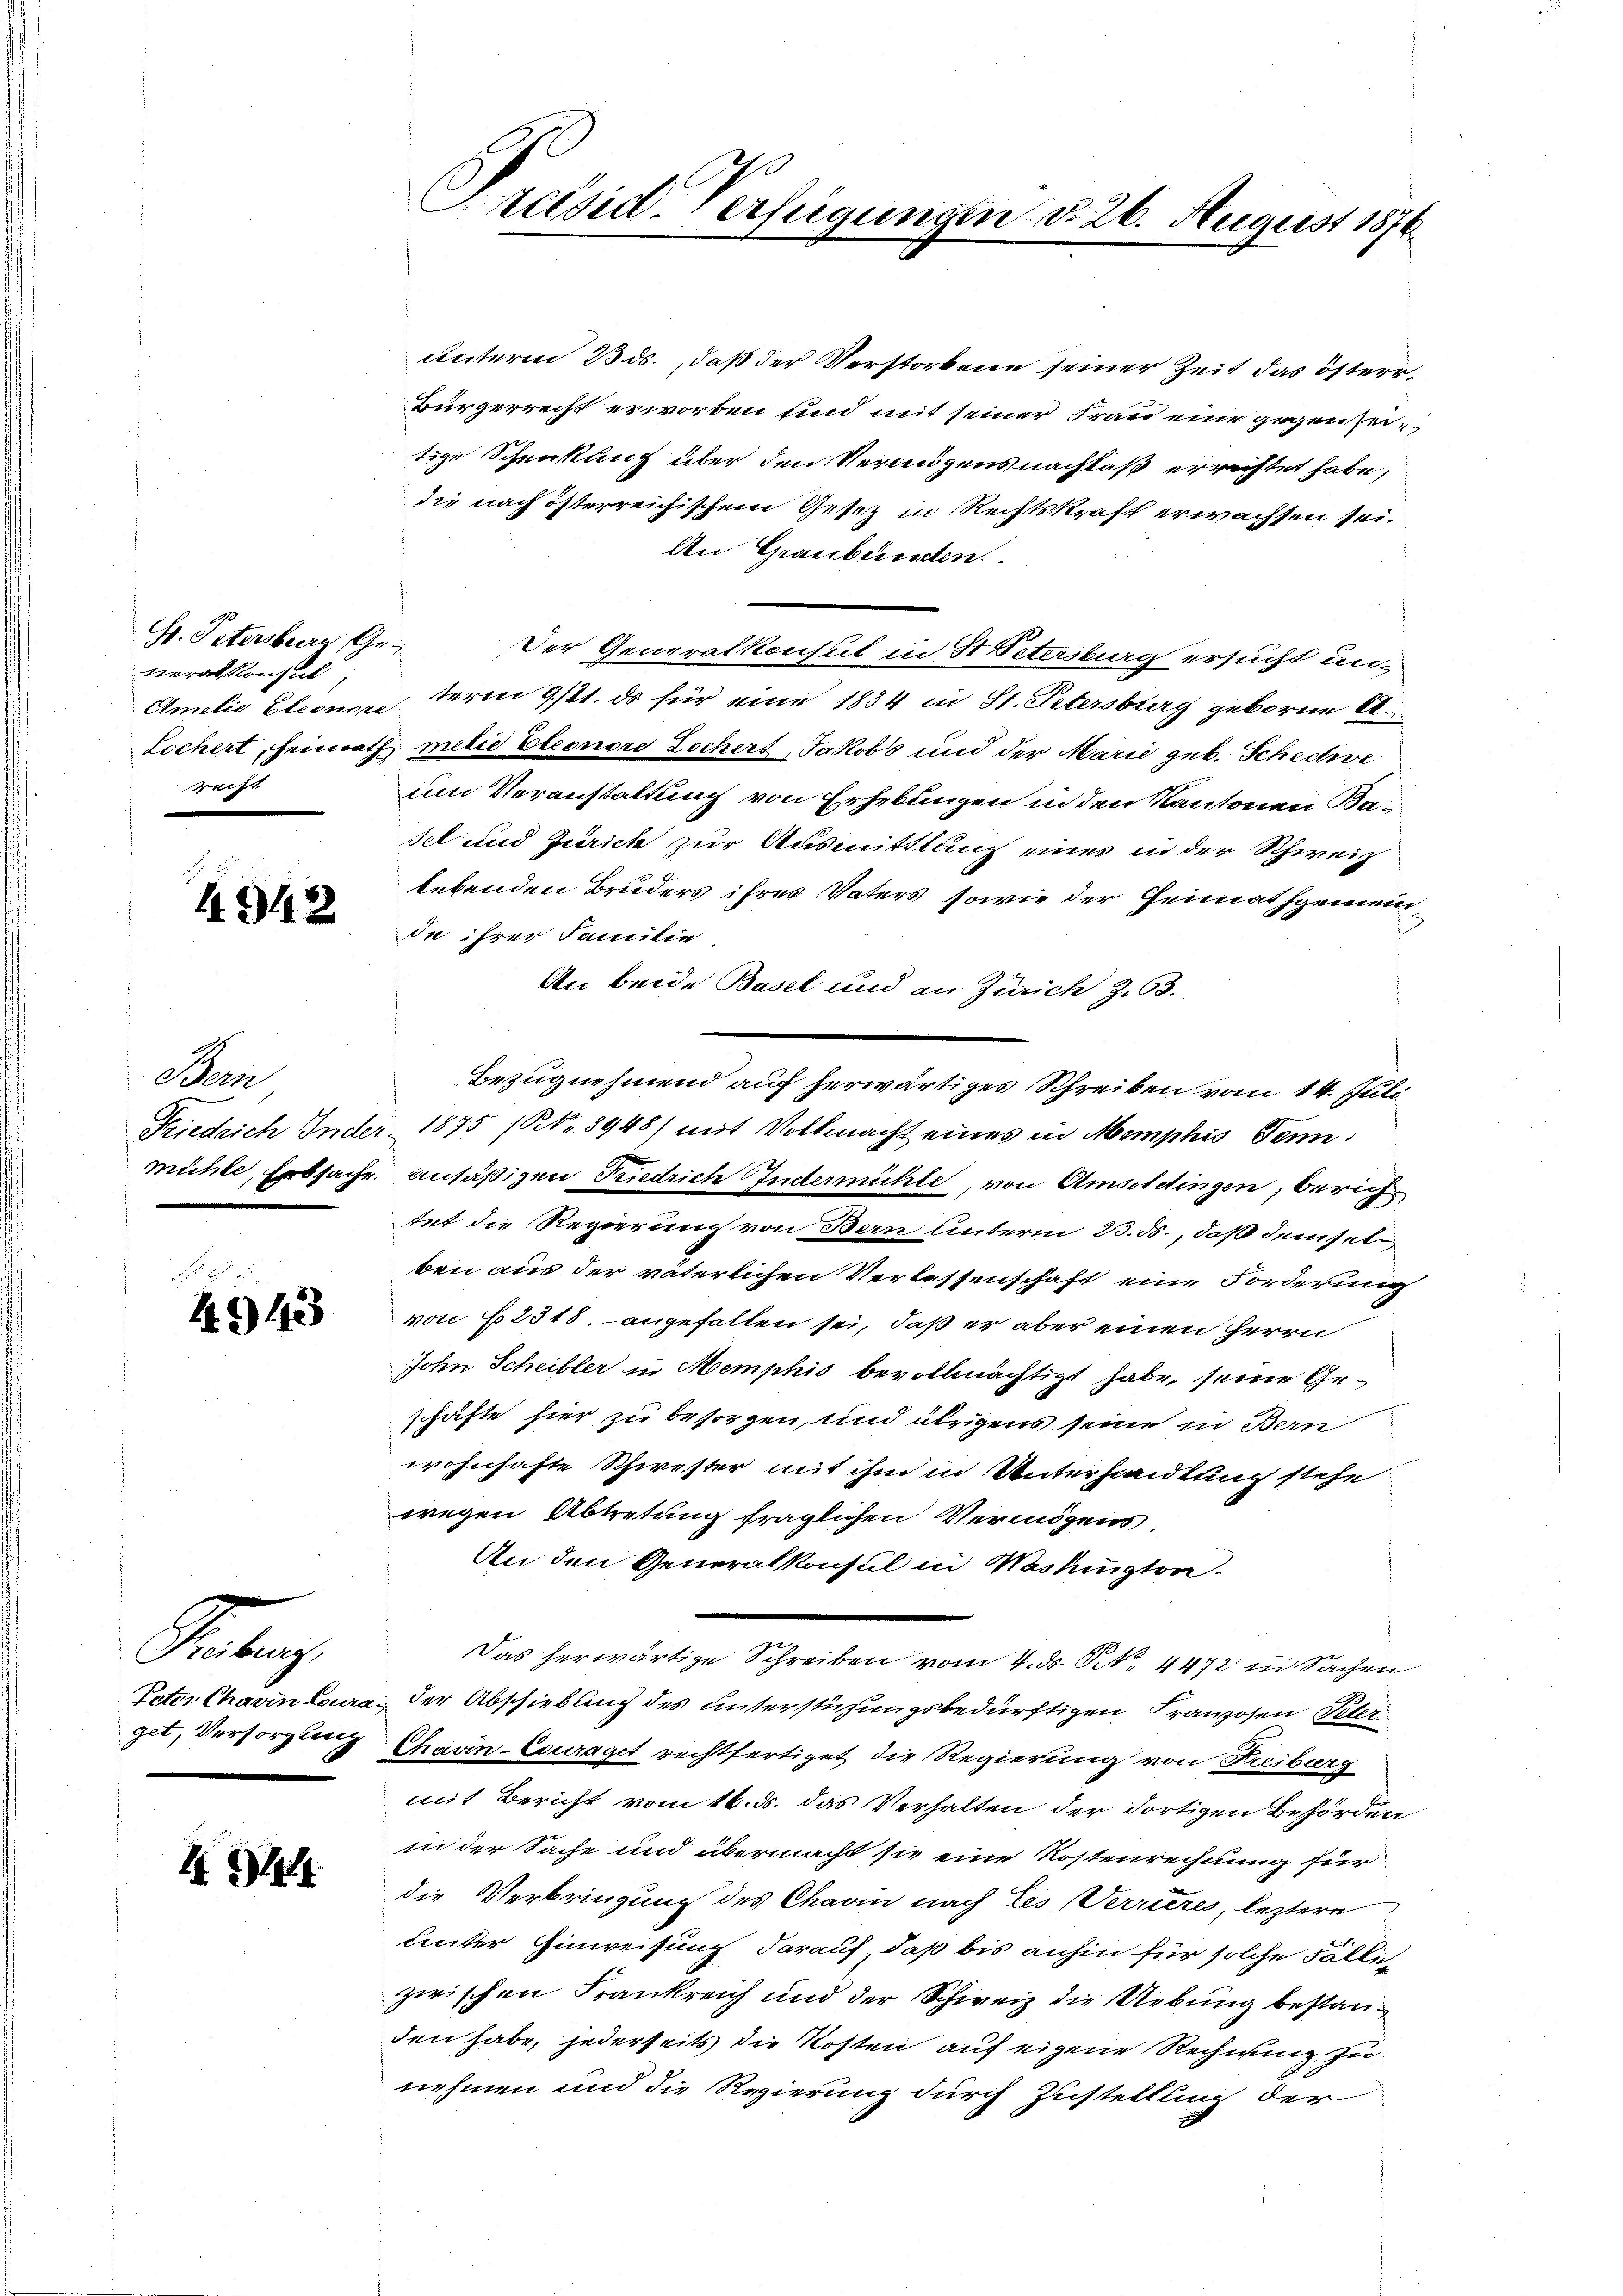
S. Petersberg, Ge
neralkonsul
recht

4942

Aar
.

F
4942

Reg
Pater Chavin-Cours
get, Versorgung

3

Präsid. Verfügungen d. 26. August 1876.

unterm 23. ds., daß der Verstorbene seiner Zeit das österr¬
Bürgerrecht erworben und mit seiner Frau eine gegenseitige Schenkung über den Vermögensnachlaß errichtet habe,
die nach österreichischem Gesetz in Rechtskraft erwachsen sei.
An Graubünden
Der Generalkonsul in St. Petersburg ersucht un-
Amilie Eleon term 9/11. ds für eine 1834 in St. Petersburg geboren A
Lochert, Heimath milie Eleonore Lochert Jakobs und der Marie geb. Schechve
um Veranstaltung von Erhebungen in den Kantonen Kasel und Zürich zur Ausmittlung eines in der Schweiz
lebenden Bruders ihres Vaters, sowie der Heimathgemein¬
In ihrer Familie
An beide Basel und an Zürich Z. 63.
Bezugnehmend auf herwärtiges Schreiben vom 14. Juli
Friedrich Inder 1875 (Kk. 3948) mit Vollmacht eines in Memphis Tenn
mühle, Erbsache ansäßigen Friedrich Gudermühle, von Amsoldingen, berichtet die Regierung von Bern Unterm 23. ds., daß demselben aus der väterlichen Verlassenschaft eine Forderung
von 62518. angefallen sei, daß er aber einen Herrn
John Scheibler in Memphis bevollmächtigt habe, seine Geschäfte hier zu besorgen, und übrigens seine in Bern
wohnhafte Schwester mit ihm in Unterhandlung stehe
wegen Abtretung fraglichen Vermögens,
An den Generalkonsul in Washington.
Das herwärtige Schreiben vom 4. ds. S. 4472 in Sachen
der Abschiebung des unterstüzungsbedürftigen Franzosen Peter
Chavin-Couraget rechtfertiget die Regierung von Kreiburg
mit Bericht vom 16. ds. das Verhalten der dortigen Behörden
in der Sache und übermacht sie eine Kostenrechnung für
die Verbringung des Charin nach Ees, Verrieres, leztere
Lnter Hinweisung darauf, daß bis anhin für solche Fälle
zwischen Frankreich und der Schweiz die Uebung bestanden habe, jederseits die Kosten auf eigene Rechnung zu
nehmen und die Regierung durch Zustellung der